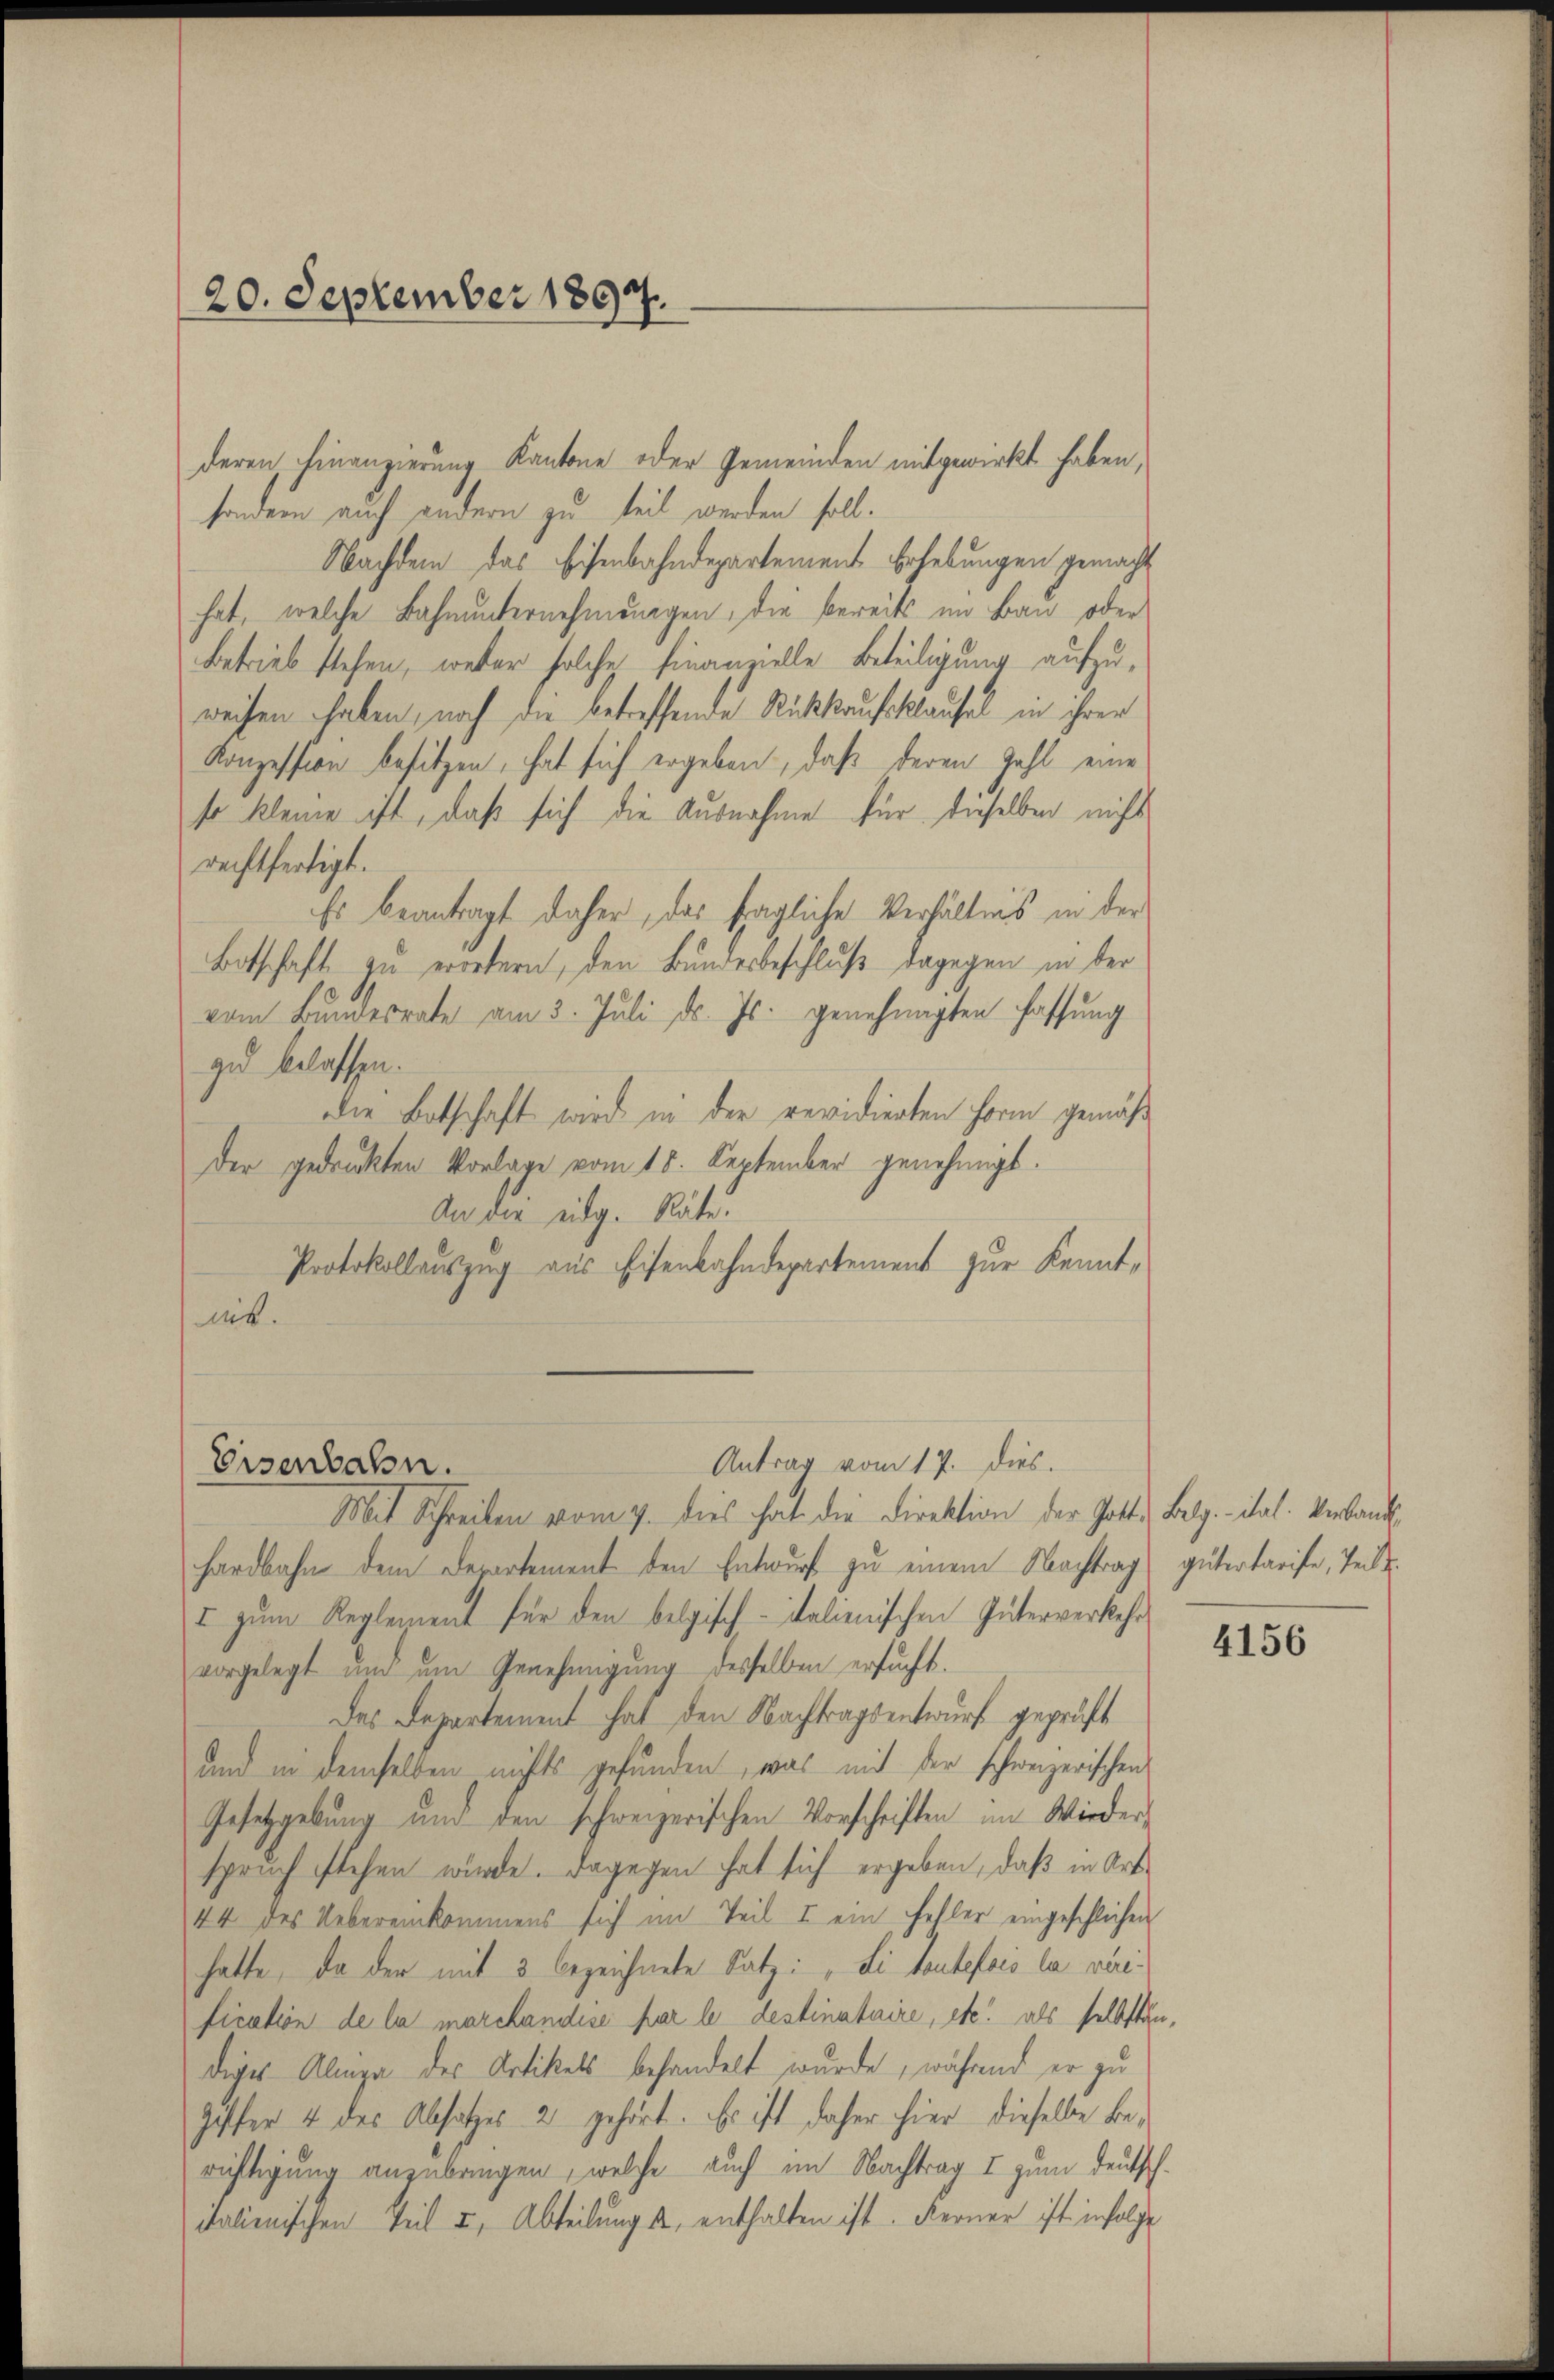
deren Finanzierung Kantone oder Gemeinden mitgewirkt haben,
sondern auch andern zu teil werden soll.
Nachdem das Eisenbahndepartement Erhebungen gemacht
hat, welche Bahnunternehmungen, die bereits im Bau oder
Betrieb stehen, weder solche Finanzielle Beteiligung aufzuweisen haben, noch die betreffende Rückkaufsklausel in ihrer
Konzession besitzen, hat sich ergeben, daß deren Zahl eine
so kleine ist, daß sich die Ausnahme für dieselben nichts
rechtfertigt.
Es beantragt daher, das fragliche Verhältnis in der
Botschaft zu erörtern, den Bundesbeschluß dagegen in der
vom Bundesrate am 3. Juli d. Js. genehmigten Fassung
zu belassen.
die Botschaft wird in der revidierten Form gemäß
der gedruckten Vorlage vom 18. September genehmigt.
An die eidg. Räte.
Protokollauszug aus Eisenbahndepartement zur Kenntmit.

20. September 1897.

Antrag vom 17. dies.
Eisenbahn.

Mit Schreiben vom 9. dies hat die Direktion der Gott Belg. ital. Verband
hardbahn dem Departement den Entwurf zu einem Nachtrag gütertarife, Teil
I zŭm Reglement für den belgisch-italienischen Güterverkehr
vorgelegt und um Genehmigung desselben ersucht.
Das Departement hat den Nachtragsentwurf geprüft
und in demselben nichts gefunden, was mit der schweizerischen
Gesetzgebung und den schweizerischen Vorschriften im Wieder
spruch stehen würde. Dagegen hat sich ergeben, daß in Art
44 des Uebereinkommens sich im Teil II ein Fehler eingeschlichen
hatte, da der mit 3 bezeichnete Satz: „Si toutefois la viri-
fication de la marchandise par le destinataire, etc. als selbständiges Alpe des Artikels behandelt wurde, während er zu
Giffer 4 des Absatzes 2 gehört. Es ist daher hier dieselbe berichtigung anzubringen, welche auch im Nachtrag I zum Deutsch-
ialienischen Teil I, Abteilung so, enthalten ist. Ferner ist infolge

4156